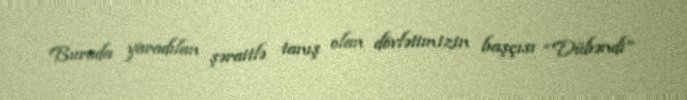
Burada yaradılan şəraitlə tanış olan dövlətimizin başçısı “Dübəndi”